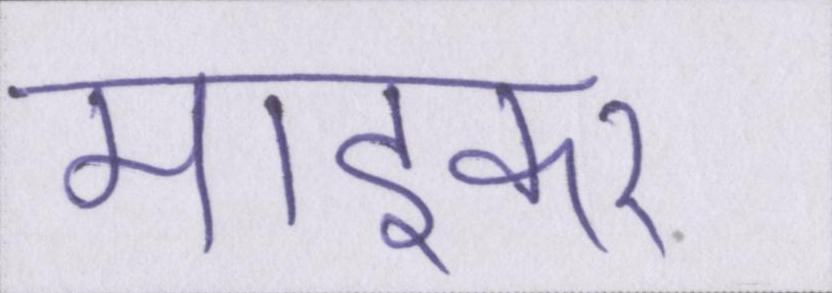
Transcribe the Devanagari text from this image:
माइकर